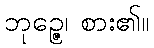
ဘုဉ္ဇေ၊ စား၏။